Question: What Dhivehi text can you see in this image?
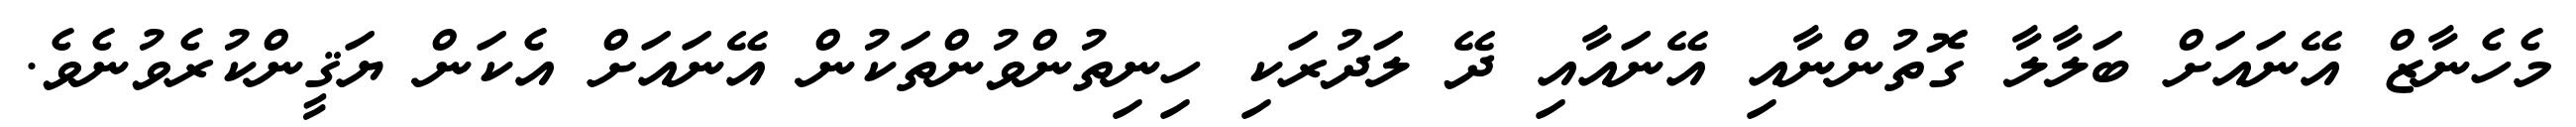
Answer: މެހެނާޒް އޭނައަށް ބަލާލާ ގޮތުންނާއި އޭނައާއި ދޭ ލަދުރަކި ހިނިތުންވުންތަކުން އޭނައަށް އެކަން ޔަޤީންކުރެވުނެވެ.